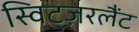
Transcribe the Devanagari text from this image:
स्विट्ज़रलैंट